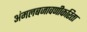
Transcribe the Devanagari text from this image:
अंमलबजावणीकरिता